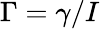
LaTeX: \Gamma=\gamma/I